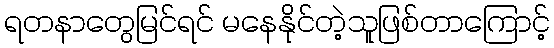
ရတနာတွေမြင်ရင် မနေနိုင်တဲ့သူဖြစ်တာကြောင့်